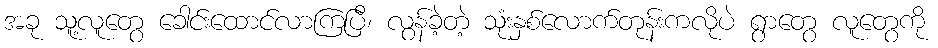
အခု သူ့လူတွေ ခေါင်းထောင်လာကြပြီ၊ လွန်ခဲ့တဲ့ သုံးနှစ်လောက်တုန်းကလိုပဲ ရွာတွေ လူတွေကို